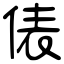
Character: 俵